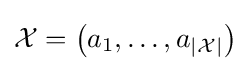
{\mathcal {X}}=\left(a_{1},\ldots ,a_{|{\mathcal {X}}|}\right)